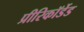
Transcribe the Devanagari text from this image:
प्रीरिकॉर्डेड